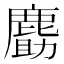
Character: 𪊹